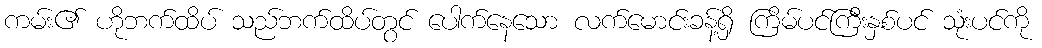
ကမ်း၏ ဟိုဘက်ထိပ် သည်ဘက်ထိပ်တွင် ပေါက်နေသော လက်မောင်းခန့်ရှိ ကြိမ်ပင်ကြီးနှစ်ပင် သုံးပင်ကို